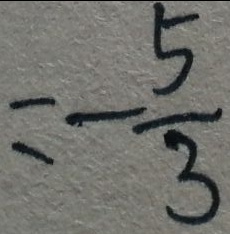
= - \frac { 5 } { 3 }